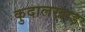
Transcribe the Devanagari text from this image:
कुदालखाड़